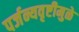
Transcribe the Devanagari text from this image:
पर्जन्यवृष्टीमुळे